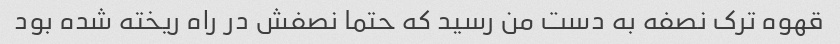
قهوه ترک نصفه به دست من رسید که حتما نصفش در راه ریخته شده بود